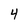
Character: 4